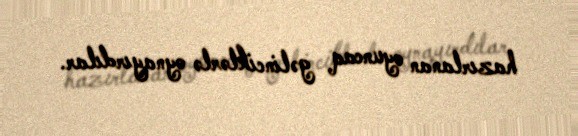
hazırlanan oyuncaq gəlinciklərlə oynayırdılar.